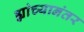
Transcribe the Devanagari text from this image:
ह्यांच्यानंतर